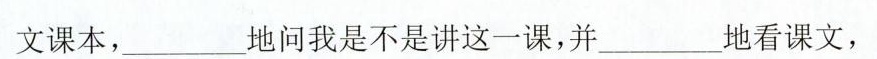
文课本，_______地问我是不是讲这一课，并________地看课文，